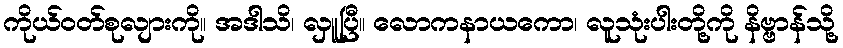
ကိုယ်ဝတ်စုလျားကို။ အဒါသိ၊ လှူပြီ။ လောကနာယကော၊ လူသုံးပါးတို့ကို နိဗ္ဗာန်သို့